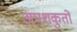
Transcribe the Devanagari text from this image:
अपशकुतों